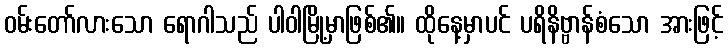
ဝမ်းတော်လားသော ရောဂါသည် ပါဝါမြို့မှာဖြစ်၏။ ထိုနေ့မှာပင် ပရိနိဗ္ဗာန်စံသော အားဖြင့်